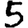
Digit: 5